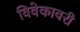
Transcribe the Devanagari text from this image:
विवेकावरी